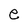
Character: e